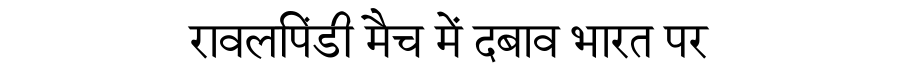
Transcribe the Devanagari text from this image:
रावलपिंडी मैच में दबाव भारत पर